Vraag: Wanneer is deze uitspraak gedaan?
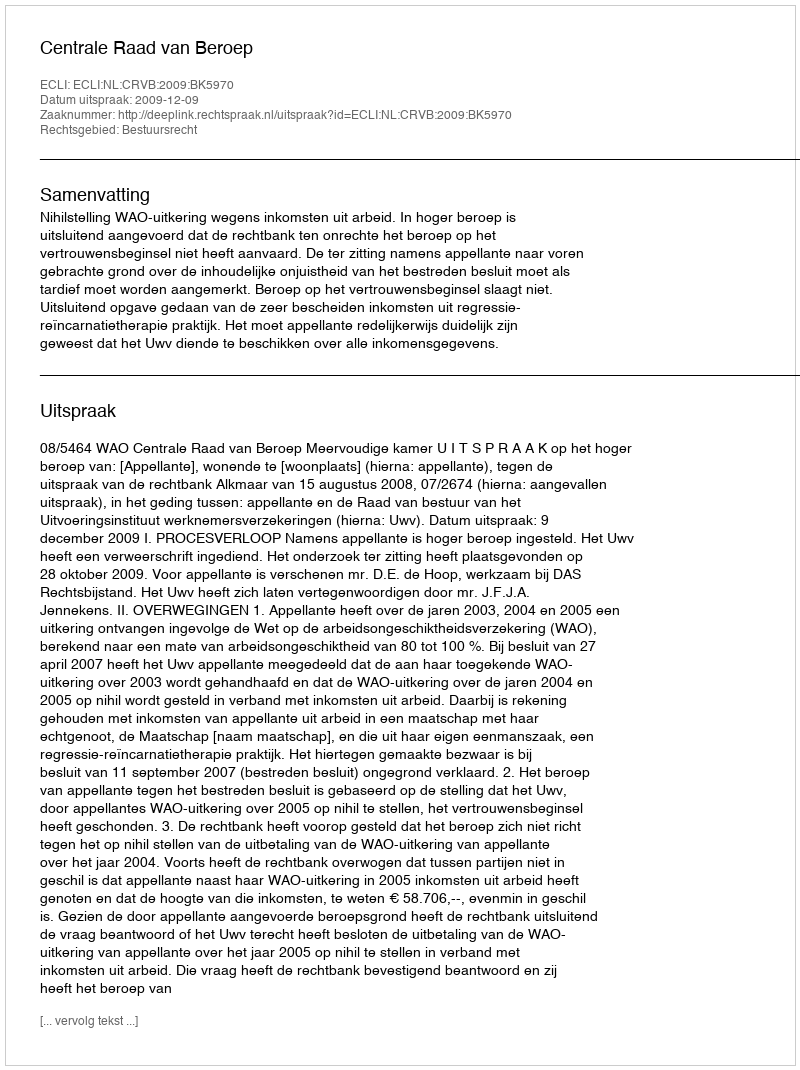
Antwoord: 2009-12-09